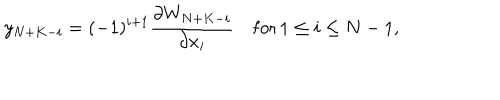
y _ { N + K - i } = ( - 1 ) ^ { i + 1 } \frac { \partial W _ { N + K - i } } { \partial x _ { i } } \quad \mathrm { f o r } \, 1 \leq i \leq N - 1 ,